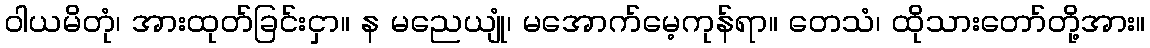
ဝါယမိတုံ၊ အားထုတ်ခြင်းငှာ။ န မညေယျုံ၊ မအောက်မေ့ကုန်ရာ။ တေသံ၊ ထိုသားတော်တို့အား။